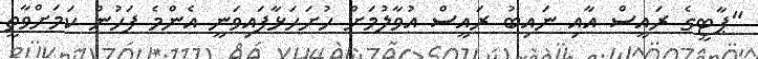
"ޕާޓީގެ ރައީސް އާއި ނައިބު ރައީސް އުވާލުމަށް ހުށަހަޅާފައިވަނީ އެންމެ ފަހުން ކަމަށްވާތީ